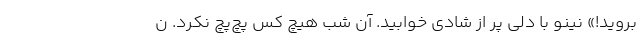
بروید!» نینو با دلی پر از شادی خوابید. آن شب هیچ کس پچ‌پچ نکرد. ن